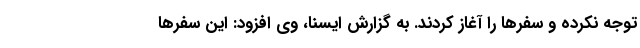
توجه نکرده و سفرها را آغاز کردند. به گزارش ایسنا، وی افزود: این سفرها